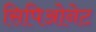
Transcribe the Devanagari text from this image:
सिपिओनेट